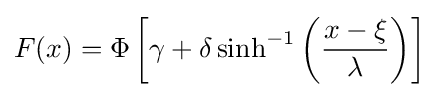
F(x)=\Phi \left[\gamma +\delta \sinh ^{-1}\left({\frac {x-\xi }{\lambda }}\right)\right]